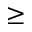
\ge